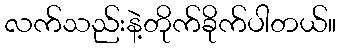
လက်သည်းနဲ့တိုက်ခိုက်ပါတယ်။